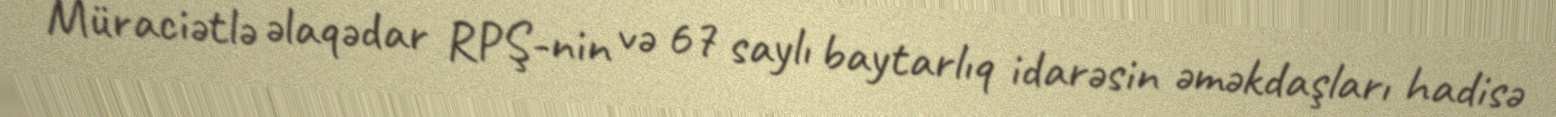
Müraciətlə əlaqədar RPŞ-nin və 67 saylı baytarlıq idarəsin əməkdaşları hadisə